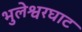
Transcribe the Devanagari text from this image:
भुलेश्वरघाट